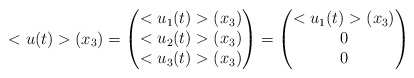
\begin{align*}<u(t)>(x_3)=\begin{pmatrix}<u_1(t)>(x_3)\\<u_2(t)>(x_3)\\<u_3(t)>(x_3)\end{pmatrix}=\begin{pmatrix}<u_1(t)>(x_3)\\0\\0\end{pmatrix}\end{align*}